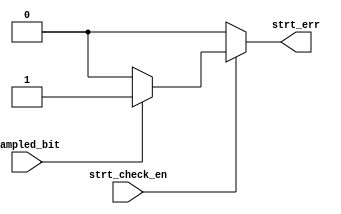
module strt_check (
    input   wire    sampled_bit,
    input   wire    strt_check_en,
    output  reg     strt_err
);
always @(*) begin
    if(strt_check_en )
    if(!sampled_bit)
    strt_err = 1'b0;
    else
    strt_err = 1'b1;
    else
    strt_err = 1'b0;
end
    
endmodule